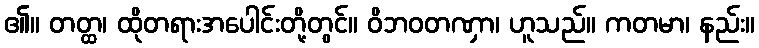
၏။ တတ္ထ၊ ထိုတရားအပေါင်းတို့တွင်။ ဝိဘဝတဏှာ၊ ဟူသည်။ ကတမာ၊ နည်း။